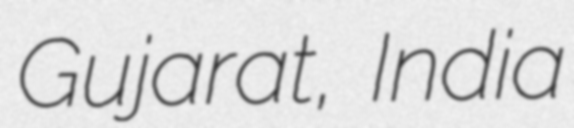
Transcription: Gujarat, India